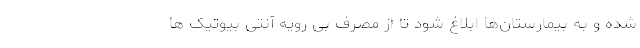
شده و به بیمارستان‌ها ابلاغ شود تا از مصرف بی رویه آنتی بیوتیک ها